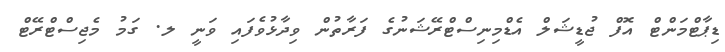
ޑިޕާޓްމަންޓް އޮފް ޖުޑީޝަލް އެޑްމިނިސްޓްރޭޝަނުގެ ފަރާތުން ވިދާޅުވެފައި ވަނީ ލ. ގަމު މެޖިސްޓްރޭޓް